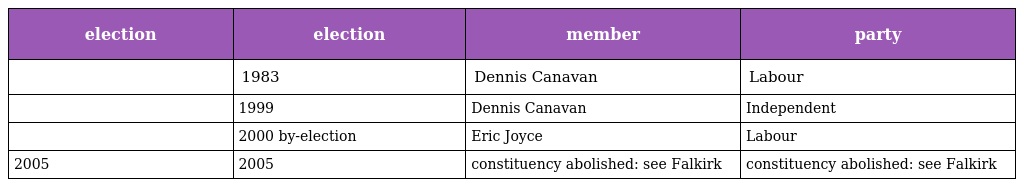
| election | election | member | party |
 | --- | --- | --- | --- |
 |  | 1983 | Dennis Canavan | Labour |
 |  | 1999 | Dennis Canavan | Independent |
 |  | 2000 by-election | Eric Joyce | Labour |
 | 2005 | 2005 | constituency abolished: see Falkirk | constituency abolished: see Falkirk |